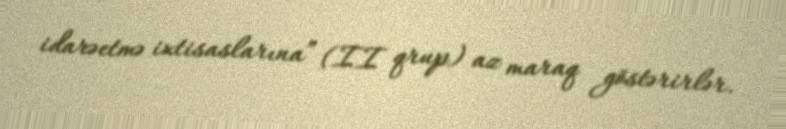
idarəetmə ixtisaslarına” (II qrup) az maraq göstərirlər.